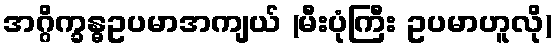
အဂ္ဂိက္ခန္ဓဥပမာအကျယ် (မီးပုံကြီး ဥပမာဟူလို)